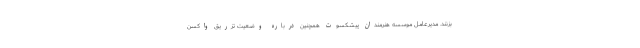
بزنند. مدیرعامل موسسه هنرمندان پیشکسوت همچنین درباره وضعیت تزریق واکسن